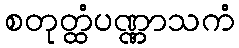
စတုတ္ထံပဏ္ဏာသကံ